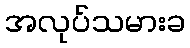
အလုပ်သမားခ